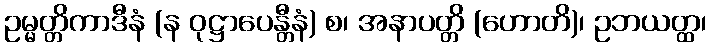
ဥမ္မတ္တိကာဒီနံ (န ဝုဋ္ဌာပေန္တီနံ) စ၊ အနာပတ္တိ (ဟောတိ)၊ ဥဘယတ္ထ၊